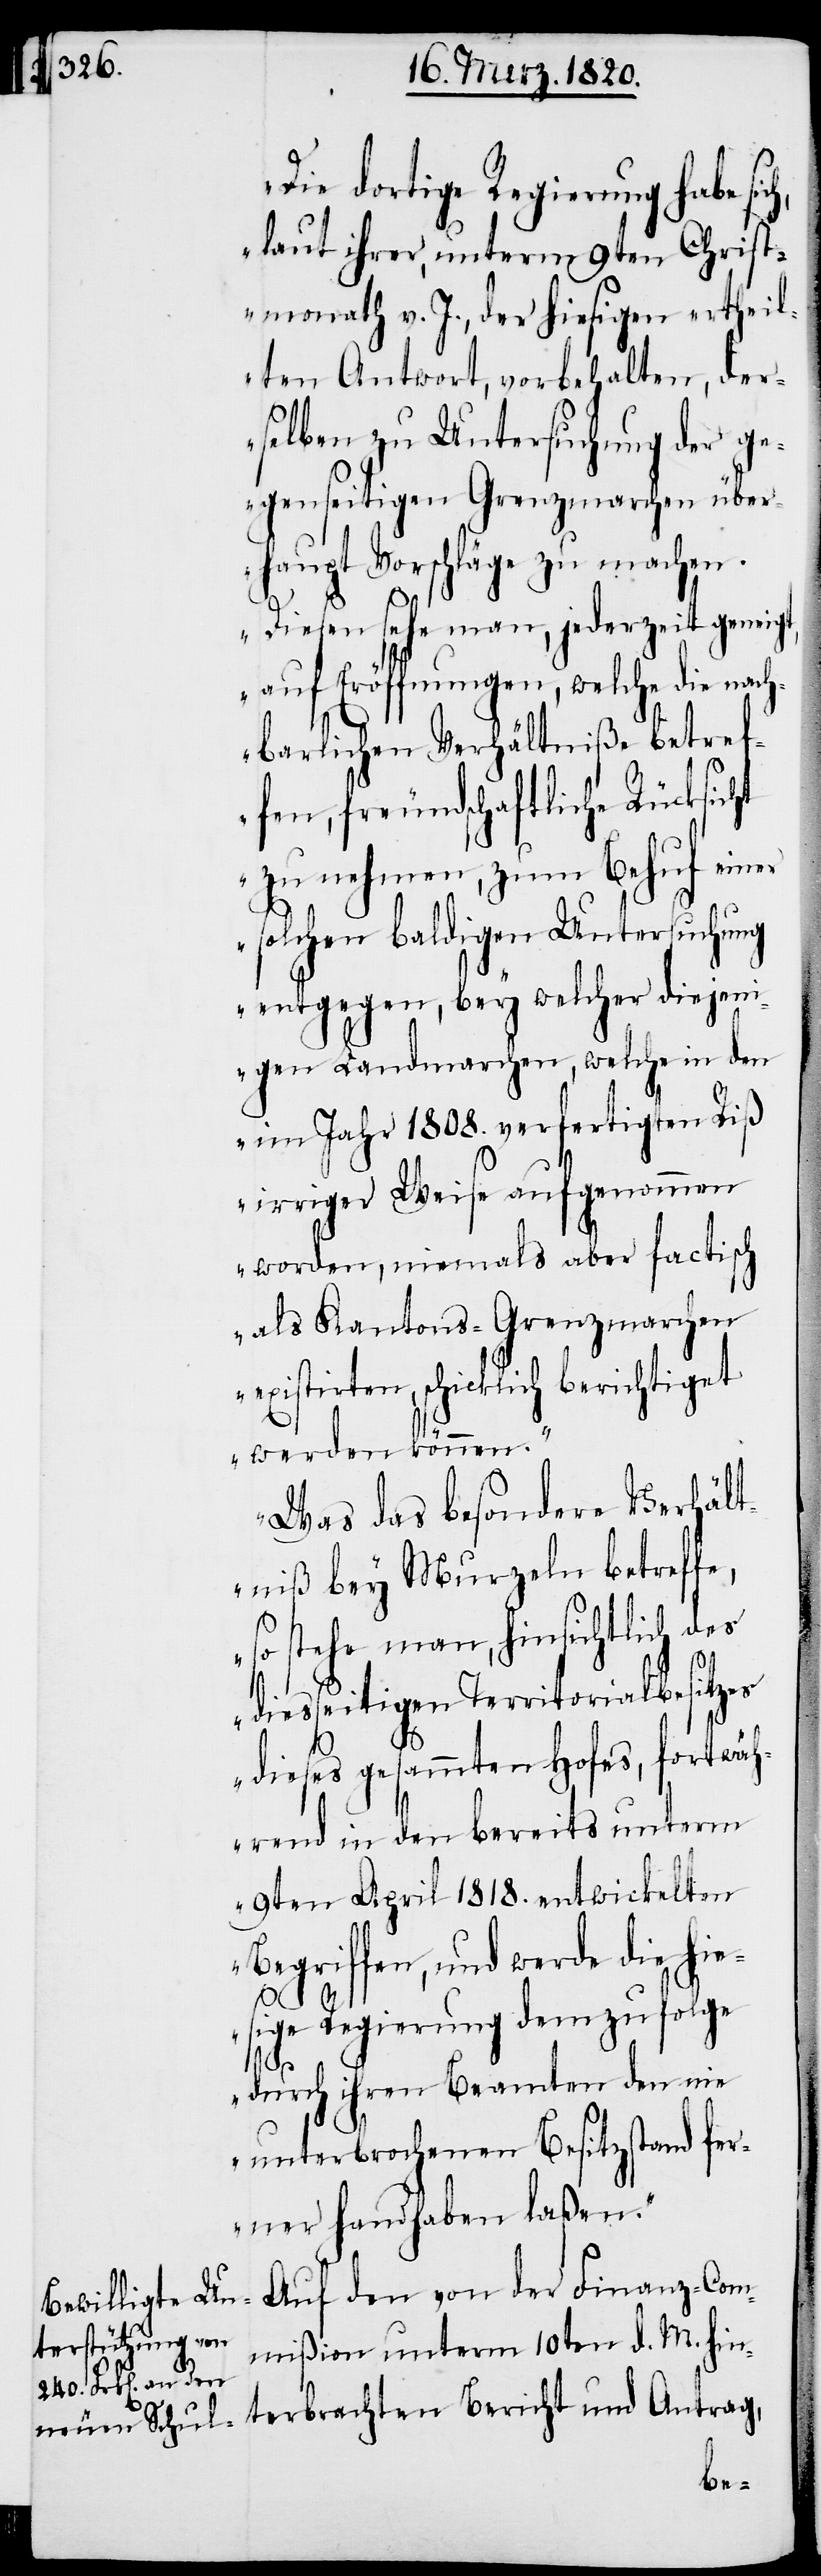
„Die dortige Regierung habe
laut ihrer, unterm 9ten Christ¬
monath v. J., der hiesigen ertheil¬
ten Antwort, vorbehalten, der¬
selben zu Untersuchung der ge¬
genseitigen Grenzmarchen über¬
haupt Vorschläge zu machen.
Diesen sehe man, jederzeit geneig¬
auf Eröffnungen, welche die n¬
barlichen Verhältniße betref¬
fen, freundschaftliche Rücksicht
zu nehmen, zum Behuf eine¬
r solchen baldigen Untersuchung
entgegen, bey welcher diejen¬
igen Landmarchen, welche in den
im Jahr 1808. verfertigten Riß
irriger Weise aufgenommen
worden, niemals aber factisch
als Kantons-Grenzmarchen
existirten, schicklich berichtiget
werden können.“
„Was das besondere Verhält¬
niß bey Murzeln betreffe,
so stehe man, hinsichtlich des
t,
diesseitigen Territorialbesitzes
dieses gesammten Hofes, fortwäh¬
rend in den bereits unterm
9ten April 1818. entwickelten
Begriffen, und werde die
esige Regierung dem zu folge
achten
durch ihren Beamten den nie
unterbrochenen Besitzstand fer¬
ner handhaben laßen.“
mmißion unterm 10ten d. M. hin¬